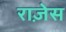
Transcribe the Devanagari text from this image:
राज़ेस